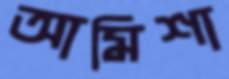
আমিশা